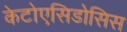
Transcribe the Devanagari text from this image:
केटोएसिडोसिस